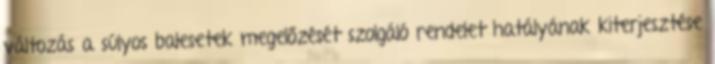
változás a súlyos balesetek megelőzését szolgáló rendelet hatályának kiterjesztése